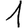
Digit: 1